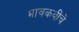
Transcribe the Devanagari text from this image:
भावकवींचे